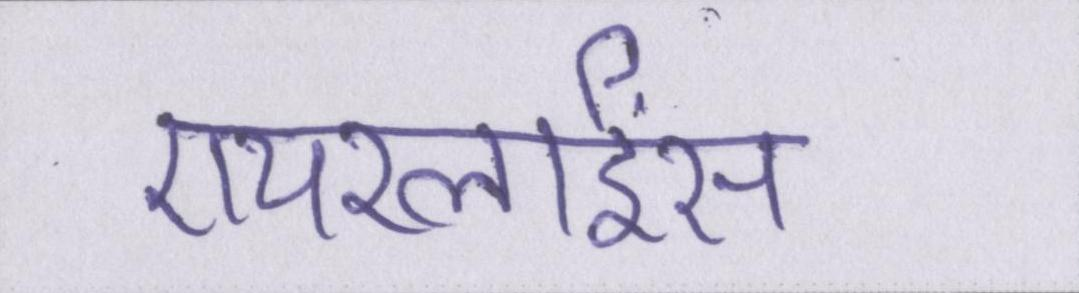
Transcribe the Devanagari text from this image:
एयरलाईंस